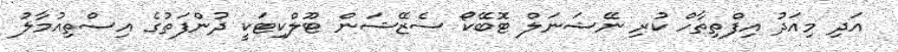
އަދި މިއަދު އިފްތިތާހް ކުރި ނޭޝަނަލް ޓޮބޭކޯ ސެޒޭޝަން ޓޫލްކިޓަކީ ދުންފަތުގެ އިސްތިއުމާލުު